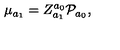
\mu _ { a _ { 1 } } = Z _ { a _ { 1 } } ^ { a _ { 0 } } { \cal P } _ { a _ { 0 } } ,